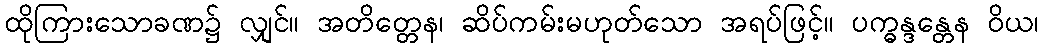
ထိုကြားသောခဏ၌ လျှင်။ အတိတ္တေန၊ ဆိပ်ကမ်းမဟုတ်သော အရပ်ဖြင့်။ ပက္ဓန္ဒန္တေန ဝိယ၊